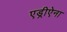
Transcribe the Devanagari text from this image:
एड्रीऐना